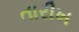
તારીખ